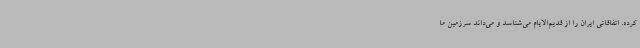
کرده. اتفاقاتی ایران را از قدیم‌الایام می‌شناسد و می‌داند سرزمین ما